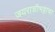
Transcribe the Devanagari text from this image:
जयराशीभट्टाचा